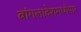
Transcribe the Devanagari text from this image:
बांगलादेशमध्येपार